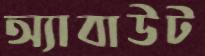
অ্যাবাউট